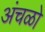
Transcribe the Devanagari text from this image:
अंचळो